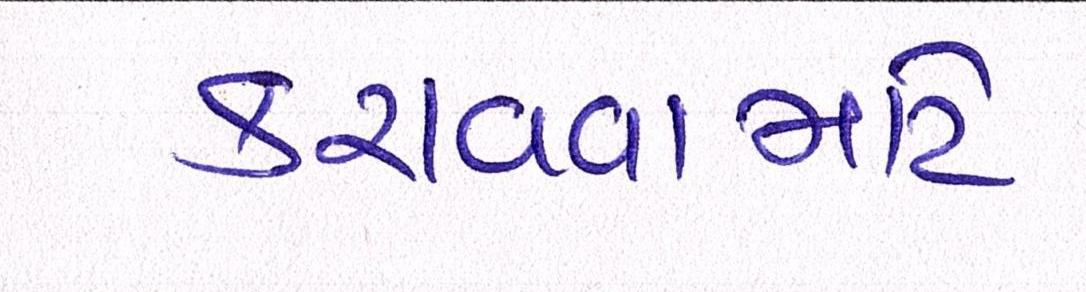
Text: કરાવવામાટે